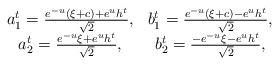
LaTeX: \begin{align*} \begin{matrix}a^t_1 = \frac{ e^{-u} (\xi+c)+e^{u} h^t }{\sqrt{2}}, & b^t_1 = \frac{ e^{-u} (\xi+c) - e^{u} h^t}{\sqrt{2}},\\a^t_2 = \frac{ e^{-u} \xi+e^{u} h^t }{\sqrt{2}}, & b^t_2 = \frac{ -e^{-u} \xi - e^{u} h^t}{\sqrt{2}},\\\end{matrix}\end{align*}